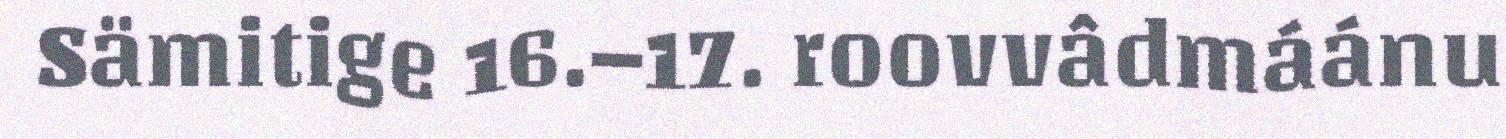
Sämitige 16.–17. roovvâdmáánu